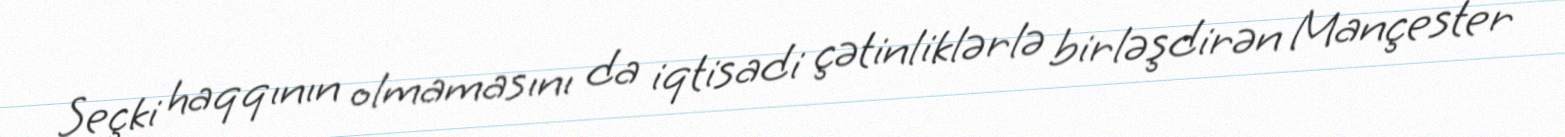
Seçki haqqının olmamasını da iqtisadi çətinliklərlə birləşdirən Mançester